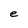
Character: e